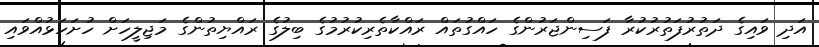
އަދި ވައިގެ ދަތުރުފަތުރުކުރާ ފަސިންޖަރުންގެ ހައްގުތައް ރައްކާތެރިކުރުމުގެ ބިލުގެ ރައްޔިތުންގެ މަޖިލީހަށް ހުށަހަޅުއްވައި